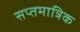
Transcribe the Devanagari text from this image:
सप्तमात्रिक